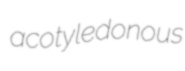
acotyledonous